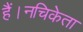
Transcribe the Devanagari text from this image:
हैं।नचिकेता